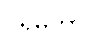
ဝိရမိတွာ